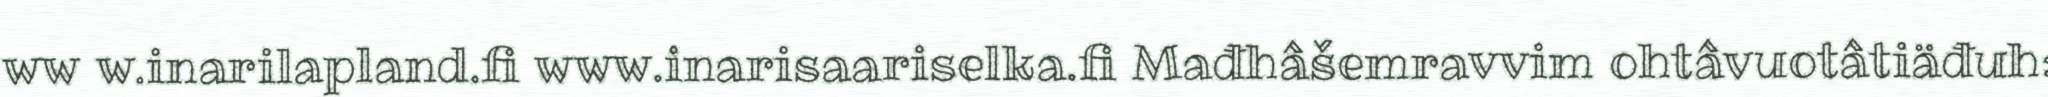
ww w.inarilapland.fi www.inarisaariselka.fi Mađhâšemravvim ohtâvuotâtiäđuh: